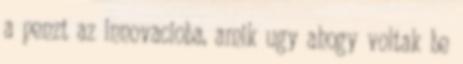
a penzt az innovacioba, amik ugy ahogy voltak be